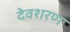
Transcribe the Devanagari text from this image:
देवशरण